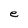
Character: e